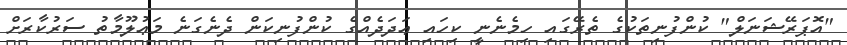
"އޮޕަރޭޝަނަލް" ކުންފުނިތަކުގެ ތެރޭގައި ހިމެނެނީ ކިހައި ޢަދަދެއްގެ ކުންފުނިކަން ދެނެގަނެ މަޢުލޫމާތު ސަރުކާރަށް